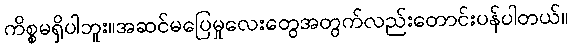
ကိစ္စမရှိပါဘူး။အဆင်မပြေမှုလေးတွေအတွက်လည်းတောင်းပန်ပါတယ်။